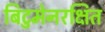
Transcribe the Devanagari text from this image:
बिटुमेनरक्षित